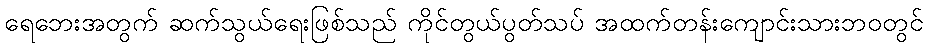
ရေဘေးအတွက် ဆက်သွယ်ရေးဖြစ်သည် ကိုင်တွယ်ပွတ်သပ် အထက်တန်းကျောင်းသားဘဝတွင်